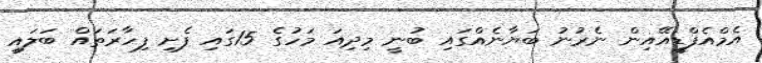
އެމްއެފްޑީއޭއިން ނެރުނު ބަޔާނެއްގައި ބުނީ މިދިއަ މަހުގެ 15ގައި ފެށި ފިހާރަތައް ބަލައި